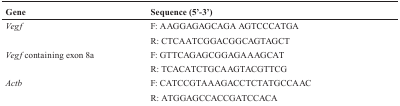
| Gene | Sequence (5’-3’) |
 | --- | --- |
 | Vegf | F: AAGGAGAGCAGA AGTCCCATGA |
 |  | R: CTCAATCGGACGGCAGTAGCT |
 | Vegf containing exon 8a | F: GTTCAGAGCGGAGAAAGCAT |
 |  | R: TCACATCTGCAAGTACGTTCG |
 | Actb | F: CATCCGTAAAGACCTCTATGCCAAC |
 |  | R: ATGGAGCCACCGATCCACA |